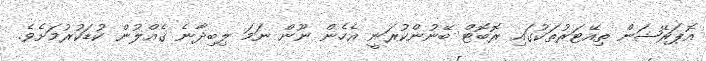
އޮޕަރޭޝަން ތިއޭޓަރުތަކުގައި ރޮބޮޓް ބޭނުންކުރަނީ އެހެން ނޫން ނަމަ ލިބިދާނެ ގެއްލުން ކުޑަކުރުމަށެވެ.